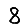
Digit: 8